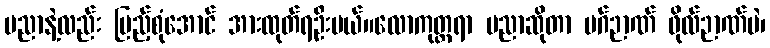
ပညာနဲ့လည်း ပြည့်စုံအောင် အားထုတ်ရဦးမယ်။လောကုတ္တရာ ပညာဆိုတာ မဂ်ဉာဏ် ဖိုလ်ဉာဏ်ပဲ၊